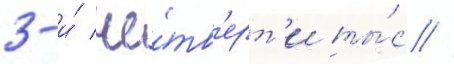
3-и́ че́тв'ерт'и ты́с //